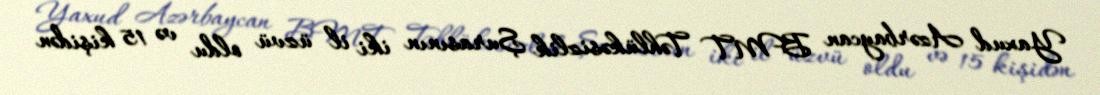
Yaxud Azərbaycan BMT Təhlükəsizlik Şurasının iki il üzvü oldu və 15 kişidən